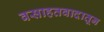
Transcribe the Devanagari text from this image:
वसाहतवादातून